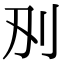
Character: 𭃅